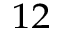
_ { 1 2 }